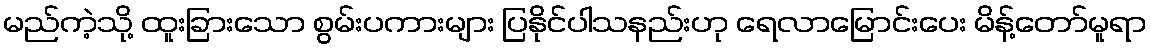
မည်ကဲ့သို့ ထူးခြားသော စွမ်းပကားများ ပြနိုင်ပါသနည်းဟု ရေလာမြောင်းပေး မိန့်တော်မူရာ